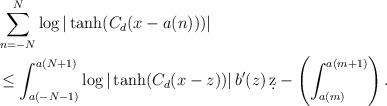
LaTeX: \begin{align*}& \sum_{n=-N}^{N} \log | \tanh(C_{d}(x - a(n))) | \\& \leq \int_{a(-N-1)}^{a(N+1)} \log | \tanh(C_{d}(x - z)) | \, b'(z)\, \d z - \left( \int_{a(m)}^{a(m+1)} \right). \end{align*}